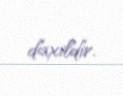
daxildir.